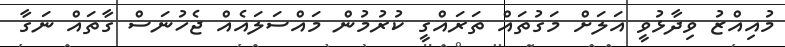
މުއިއްޒު ވިދާޅުވީ އަލަށް މަގުތައް ތަރައްގީ ކުރުމުން މައްސަލައެއް ޖެހުނަސް ގާތައް ނަގާ